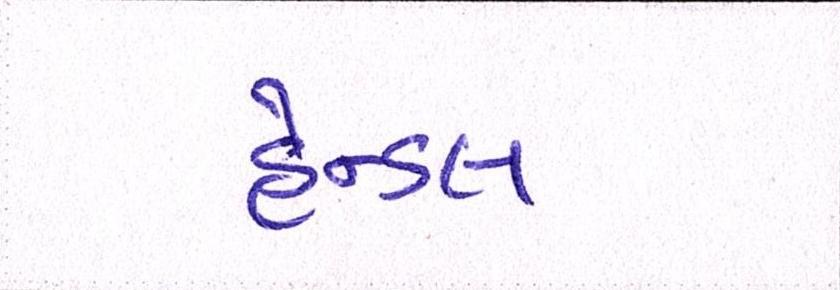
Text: હેન્ડલ